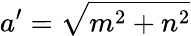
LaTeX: a^{\prime}={\sqrt{m^{2}+n^{2}}}